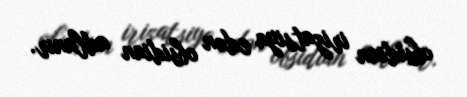
obsidian irizatsiya edən obsidian adlanır.